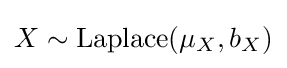
X\sim {\textrm {Laplace}}(\mu _{X},b_{X})